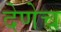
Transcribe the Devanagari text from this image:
देणेच